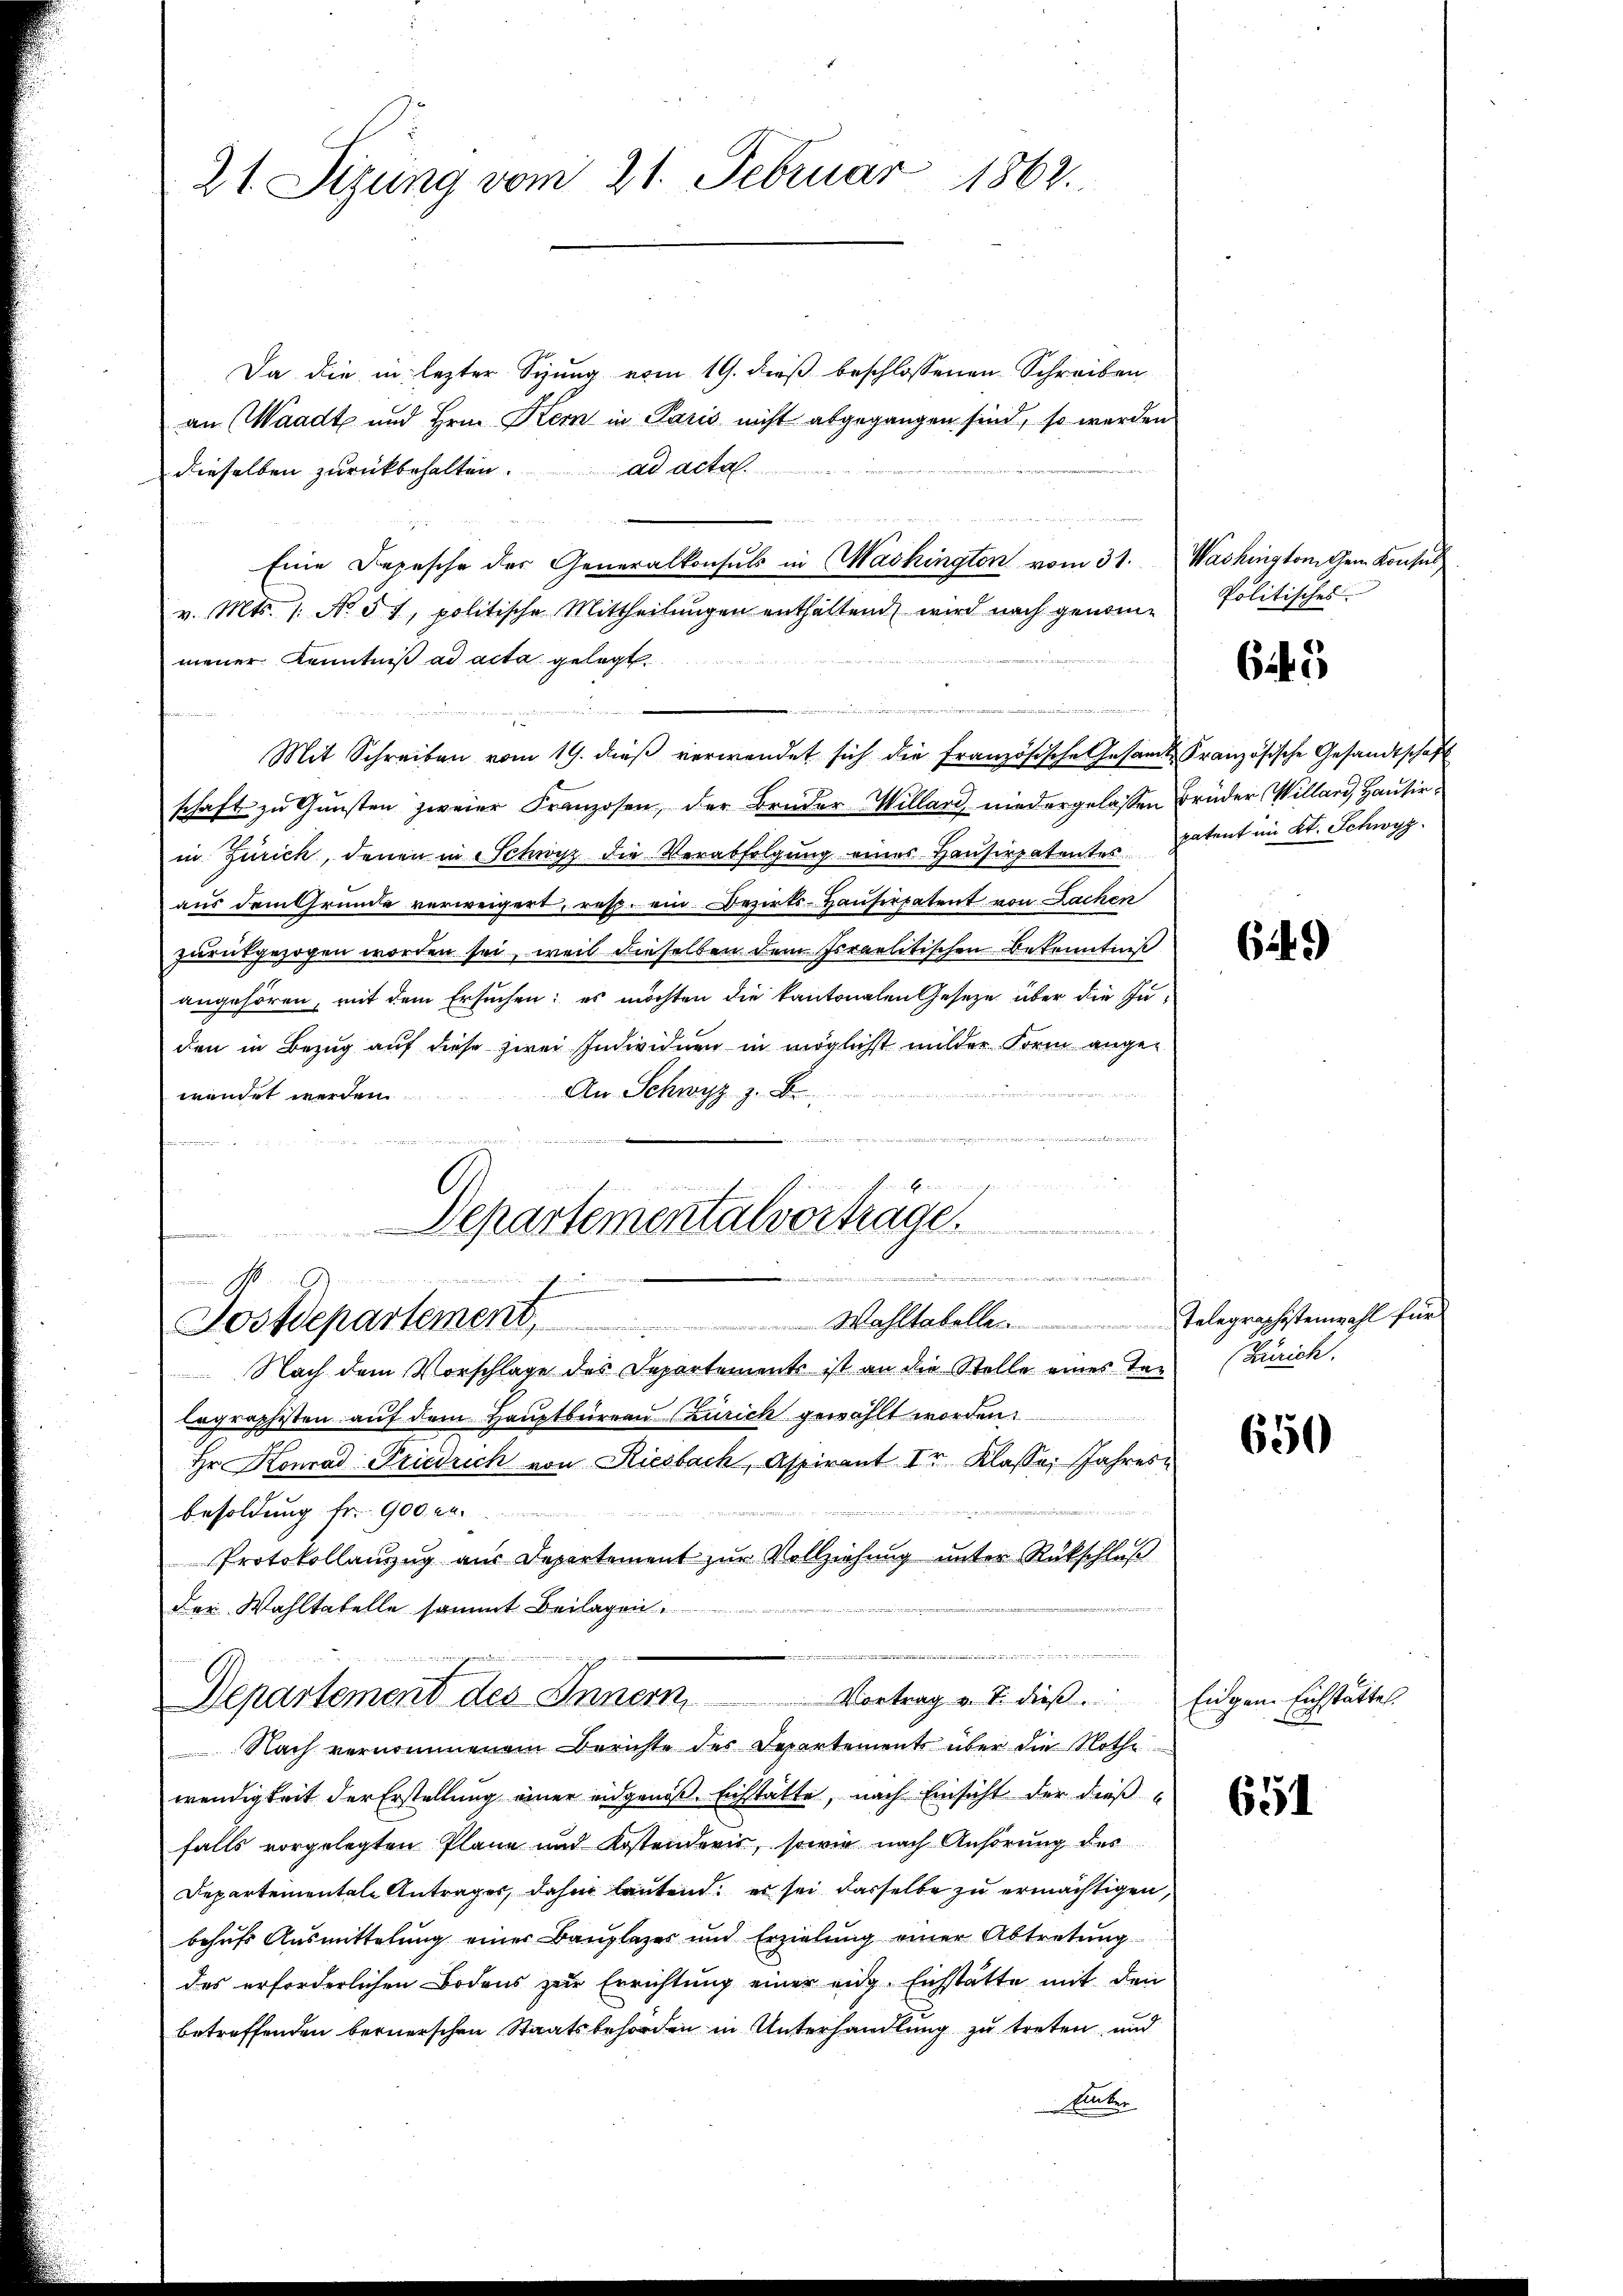
21. Sizung vom 21. Februar 1862.

Da die in lezter Sizung vom 19. dieß beschlossenen Schreiben
an Waadt und Hrn. Kern in Paris nicht abgegangen sind, so werden
ad acta.
dieselben zurückbehalten.
v. Mts. 1. No 5 t, politische Mittheilungen enthaltend wird nach genommener Kenntniß ad acta gelegt
Mit Schreiben vom 19. dieβ verwendet sich die französische Gesamt Französische Gesandtschaft
schaft zŭ Gŭnsten zweier Franzosen, der Bruder Willard niedergelassen Brüder Willard, Hausirin Zürich, denen in Schwyz die Verabfolgung eines Hausirpatentes Patent im Kt. Schwyz.
aus dem Grunde verweigert, resp. ein Bezirks-Hauserpatent von Lachen
zurückgezogen worden sei, weil dieselben dem Israelitischen Bekenntniß
angehören, mit dem Ersuchen; es möchten die kantonalen Gesetze über die Juden in Bezug auf diese zwei Individuen in möglichst milder Form angen
An Schwyz z. B.

wendet werden.

u

Nach dem Vorschlage des Departements ist an die Stelle eines Ter (Zürich.
lagraphisten auf dem Hauptbüreau Zürich gewählt worden.
Hr. Konrad Friedrich von Riesbach, Aspirant Ir Klasse, Jahres¬
Besoldung fr. 900 en

Protokollanzug aus Departement zur Vollziehung unter Rückschluß
der Wahltatelle sammt Beilagen.
Nach vernommenem Berichte des Departements über die Nothe
wendigkeit der Erstellung einer eidgenoß Eichstätte, nach Einsicht der dieß
falls vorgelegten Plane und Kostenderis, sowie nach Anhörung des
Departementale Antrages, dahin lautend; er sei dasselbe zu ermächtigen,
behŭfs Aŭsmittelŭng einer Baŭplazer und Erzielung einer Abtretŭng
des erforderlichen Bodens zur Errichtung einer eidg. Eichstatte mit den
betreffenden bernerschen Staatsbehörden in Unterhandlung zu treten, und
Einter

Eine Depesche der Generalkonsuls in Washington vom 31. Washington Gem. Konsul

Departementalvorträge
e weit einer auch der in den des

f
Jostdepartement, Wahltabellen

die dem ich
Vortrag v. J. dieß. Eigen Eichstätte.
Departement des Innern

Politisches

645

6449)

Telegraphistenwahl für

650

651